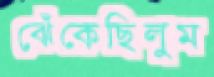
ঝেঁকেছিলুম